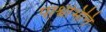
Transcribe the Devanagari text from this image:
पार्श्वभित्ति